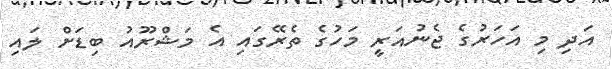
އަދި މި އަހަރުގެ ޖެނުއަރީ މަހުގެ ތެރޭގައި އެ މަޝްރޫއު ބިޑަށް ލައި